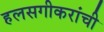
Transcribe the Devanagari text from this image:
हलसगीकरांची